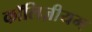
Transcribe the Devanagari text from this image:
कॉलिज़ीयम